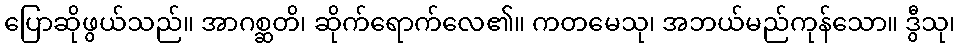
ပြောဆိုဖွယ်သည်။ အာဂစ္ဆတိ၊ ဆိုက်ရောက်လေ၏။ ကတမေသု၊ အဘယ်မည်ကုန်သော။ ဒွီသု၊